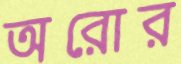
অরোর